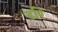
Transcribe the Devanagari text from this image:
ढरि